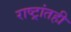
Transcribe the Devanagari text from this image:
राष्ट्रांतही